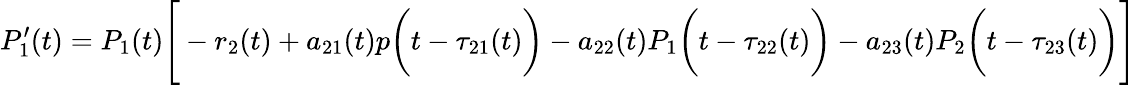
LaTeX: P_{1}^{\prime}(t)=P_{1}(t){\Biggl[}-r_{2}(t)+a_{21}(t)p{\biggl(}t-\tau_{21}(t){\biggr)}-a_{22}(t)P_{1}{\biggl(}t-\tau_{22}(t){\biggr)}-a_{23}(t)P_{2}{\biggl(}t-\tau_{23}(t){\biggr)}{\Biggr]}